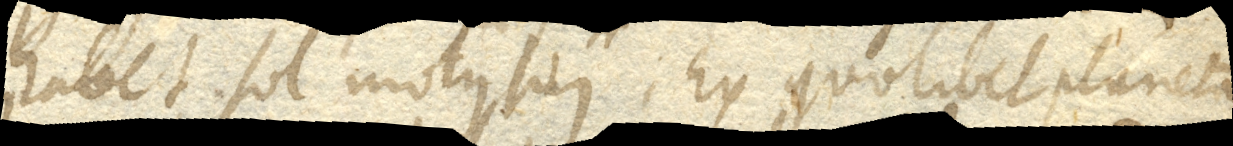
habet sol motus sui. Ex quolibet planeta